Annual administration report of the Civil Veterinary Department, Ajmere-Merwara, British Rajputana - 1914-1940
Year: 1914
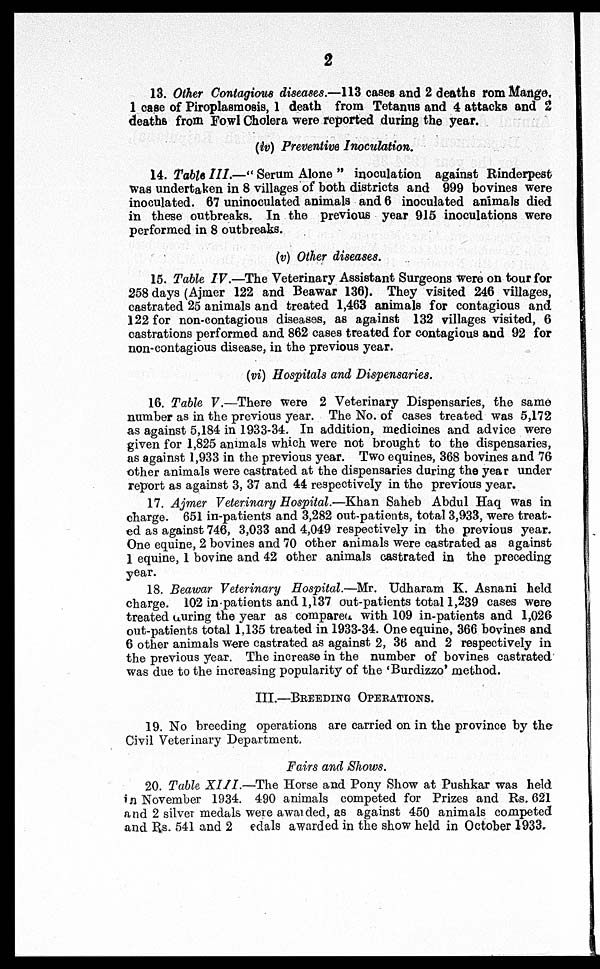
2
13. Other Contagious diseases.—113 cases and 2 deaths rom Mange.
1 case of Piroplasmosis, 1 death from Tetanus and 4 attacks and 2
deaths from Fowl Cholera were reported during the year.
(iv) Preventive Inoculation.
14. Table III.—" Serum Alone " inoculation against Rinderpest
was undertaken in 8 villages of both districts and 999 bovines were
inoculated. 67 uninoculated animals and 6 inoculated animals died
in these outbreaks. In the previous year 915 inoculations were
performed in 8 outbreaks.
(v) Other diseases.
15. Table IV.—The Veterinary Assistant Surgeons were on tour for
258 days (Ajmer 122 and Beawar 136). They visited 246 villages,
castrated 25 animals and treated 1,463 animals for contagious and
122 for non-contagious diseases, as against 132 villages visited, 6
castrations performed and 862 cases treated for contagious and 92 for
non-contagious disease, in the previous year.
(vi) Hospitals and Dispensaries.
16. Table V.—There were 2 Veterinary Dispensaries, the same
number as in the previous year. The No. of cases treated was 5,172
as against 5,184 in 1933-34. In addition, medicines and advice were
given for 1,825 animals which were not brought to the dispensaries,
as against 1,933 in the previous year. Two equines, 368 bovines and 76
other animals were castrated at the dispensaries during the year under
report as against 3, 37 and 44 respectively in the previous year.
17. Ajmer Veterinary Hospital.—Khan Saheb Abdul Haq was in
charge. 651 in-patients and 3,282 out-patients, total 3,933, were treat-
ed as against 746, 3,033 and 4,049 respectively in the previous year.
One equine, 2 bovines and 70 other animals were castrated as against
1 equine, 1 bovine and 42 other animals castrated in the preceding
year.
18. Beawar Veterinary Hospital.—Mr. Udharam K. Asnani held
charge. 102 in patients and 1,137 out-patients total 1,239 cases were
treated during the year as compared with 109 in-patients and 1,026
out-patients total 1,135 treated in 1933-34. One equine, 366 bovines and
6 other animals were castrated as against 2, 36 and 2 respectively in
the previous year. The increase in the number of bovines castrated
was due to the increasing popularity of the 'Burdizzo' method.
III.—BREEDING OPERATIONS.
19. No breeding operations are carried on in the province by the
Civil Veterinary Department.
Fairs and Shows.
20. Table XIII.— The Horse and Pony Show at Pushkar was held
in November 1934. 490 animals competed for Prizes and Rs. 621
and 2 silver medals were awarded, as against 450 animals competed
and Rs. 541 and 2 edals awarded in the show held in October 1933.